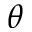
\theta